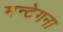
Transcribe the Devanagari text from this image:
मन्टेगना